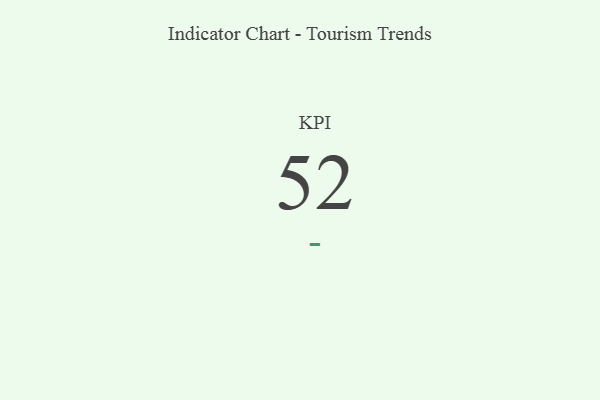
{"axis": {"x": "KPI", "y": "Value"}, "legend": [""], "data": [{"x": "KPI", "y": 52, "type": ""}]}